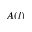
A ( l )